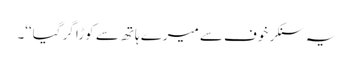
یہ سنکر خوف سے میرے ہاتھ سے کوڑا گر گیا‘‘۔